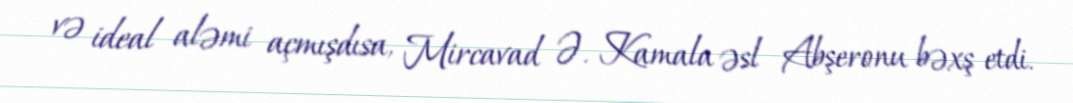
və ideal aləmi açmışdısa, Mircavad Ə. Kamala əsl Abşeronu bəxş etdi.